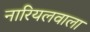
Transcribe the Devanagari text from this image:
नारियलवाला